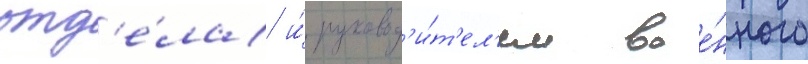
отд'е́ла и́ руковод'и́т'ел'ем вое́нного